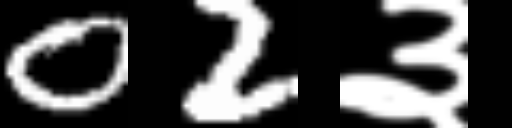
Text: 02३